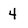
Character: 4